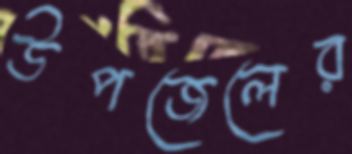
উপজেলের